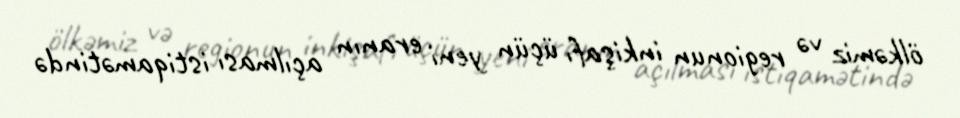
ölkəmiz və regionun inkişafı üçün yeni eranın açılması istiqamətində